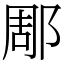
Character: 郮